Lunatic asylums United Prov. 1922-30 - 1922-1930
Year: 1922
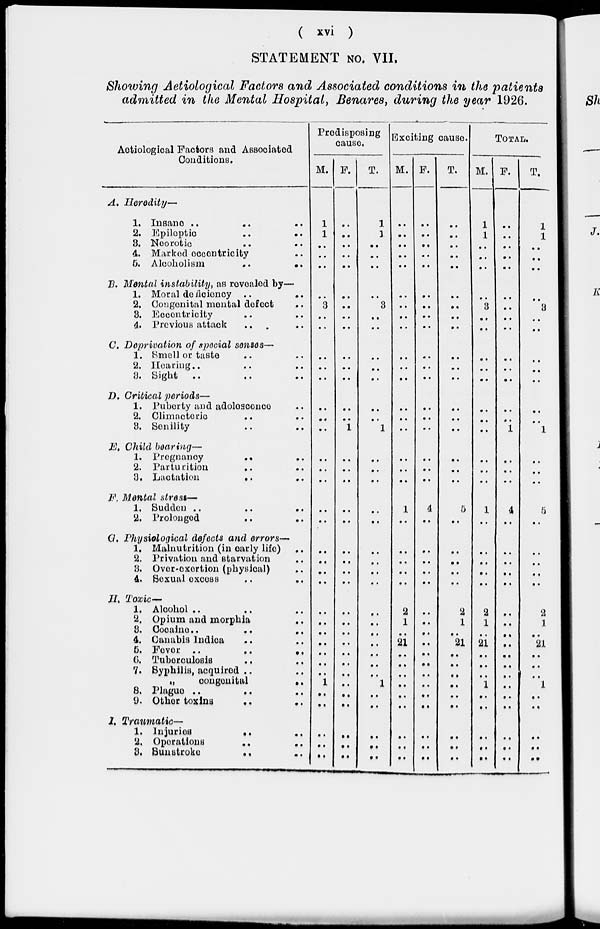
( xvi )
STATEMENT NO. VII.
Showing Aetiological Factors and Associated conditions in the patients
admitted in the Mental Hospital, Benares, during the year 1926.
Aetiological Factors and Associated
Conditions.
A. Heredity—
1. Insane .. .. ..
2. Epileptic .. ..
3. Neorotic .. ..
4. Marked eccentricity ..
6.
Alcoholism
..
..
B. Mental instability, as revealed by—
1. Moral deficiency .. ..
2. Congenital mental defect ..
3. Eccentricity .. ..
4. Previous attack .. ..
C. Deprivation of special senses—
1. Smell or taste .. ..
2. Hearing.. .. ..
3. Sight .. .. ..
D. Critical periods—
1. Puberty and adoloscence ..
2. Climacteric .. ..
3. Senility .. ..
E. Child bearing—
1. Pregnancy
..
..
2. Parturition
.. ..
3. Lactation
.. ..
F. Mental stress—
1. Sudden .. .. ..
2. Prolonged .. ..
G. Physiological defects and errors—
1. Malnutrition (in early life) ..
2. Privation and starvation ..
3. Over-exertion (physical) ..
4. Sexual excess .. ..
II. Toxic—
1. Alcohol .. .. ..
2. Opium and morphia ..
3.
Cocaine
..
..
..
4. Canabis lndica .. ..
5. Fever ..
..
..
6. Tuberculosis .. ..
7. Syphilis, acquirod .. ..
„
congenital ..
8. Plague .. .. ..
9. Other toxins
..
..
I. Traumatic—
1. lnjuries
..
..
2.
Operations
..
..
3.
Sunstroke .. ..
Predisposing
cause.
M.
1
1
..
..
..
..
3
..
..
..
..
..
..
..
..
..
..
..
..
..
..
..
..
..
..
..
..
..
..
..
..
1
..
..
..
..
..
F.
..
..
..
..
..
..
..
..
..
..
..
..
..
..
1
..
..
..
..
..
..
..
..
..
..
..
..
..
..
..
..
..
..
..
..
..
..
T.
1
1
..
..
..
..
3
..
..
..
..
..
..
..
1
..
..
..
..
..
..
..
..
..
..
..
..
..
..
..
..
1
..
..
..
..
..
Exciting cause.
M.
..
..
..
..
..
..
..
..
..
..
..
..
..
..
..
..
..
..
1
..
..
..
..
..
2
1
..
21
..
..
..
..
..
..
..
..
..
F.
..
..
..
..
..
..
..
..
..
..
..
..
..
..
..
..
..
..
4
..
..
..
..
..
..
..
..
..
..
..
..
..
..
..
..
..
..
T.
..
..
..
..
..
..
..
..
..
..
..
..
..
..
..
..
..
..
5
..
..
..
..
..
2
1
..
21
..
..
..
..
..
..
..
..
..
TOTAL.
M.
1
1
..
..
..
..
3
..
..
..
..
..
..
..
..
..
..
..
1
..
..
..
..
..
2
1
..
21
..
..
..
1
..
..
..
..
..
F.
..
..
..
..
..
..
..
..
..
..
..
..
..
..
1
..
..
..
4
..
..
..
..
..
..
..
..
..
..
..
..
..
..
..
..
..
..
T.
1
1
..
..
..
..
3
..
..
..
..
..
..
..
1
..
..
..
5
..
..
..
..
..
2
1
..
21
..
..
..
1
..
..
..
..
..